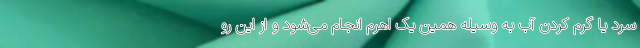
سرد یا گرم کردن آب به وسیله همین یک اهرم انجام می‌شود و از این رو